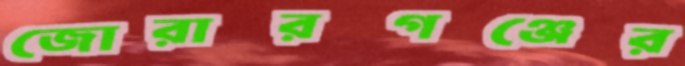
জোরারগঞ্জের